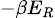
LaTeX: \scriptstyle-\beta E_{R}